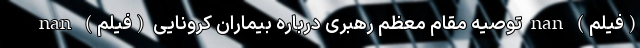
(فیلم) nan توصیه مقام معظم رهبری درباره بیماران کرونایی (فیلم) nan